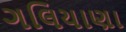
ગલિયાણા